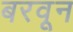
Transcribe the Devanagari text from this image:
बरवून